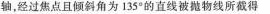
轴，经过焦点且倾斜角为135°的直线被抛物线所截得